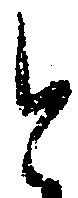
と